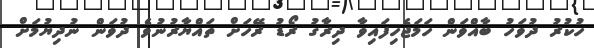
ހުކުރު ދުވަހު ބާއްވަން ހަމަޖެހިފައިވާ ދިރާގު ރޯޑު ރޭހަށް ތައްޔާރުނުވެ ދުވަން ނުދިޔުމަށް